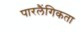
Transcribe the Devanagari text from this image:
पारलैंगिकता